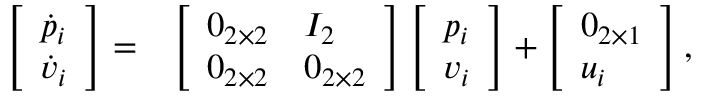
\begin{array} { r l } { \left[ \begin{array} { l } { \dot { p } _ { i } } \\ { \dot { v } _ { i } } \end{array} \right] = } & { \left[ \begin{array} { l l } { 0 _ { 2 \times 2 } } & { I _ { 2 } } \\ { 0 _ { 2 \times 2 } } & { 0 _ { 2 \times 2 } } \end{array} \right] \left[ \begin{array} { l } { { p } _ { i } } \\ { { v } _ { i } } \end{array} \right] + \left[ \begin{array} { l } { 0 _ { 2 \times 1 } } \\ { u _ { i } } \end{array} \right] , } \end{array}